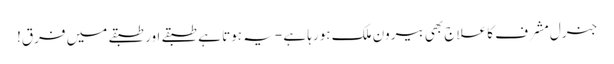
جنرل مشرف کا علاج بھی بیرون ملک ہورہا ہے -یہ ہوتا ہے طبقے اور طبقے میں فرق!